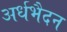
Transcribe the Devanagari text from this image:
अर्धभैदन